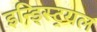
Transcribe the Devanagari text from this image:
इन्ड्स्ट्रियल